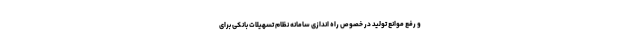
و رفع موانع تولید در خصوص راه اندازی سامانه نظام تسهیلات بانکی برای